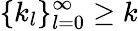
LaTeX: \{ k_{l}\} _{l=0}^{\infty}\geq k